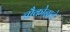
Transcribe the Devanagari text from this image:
चौकोनाचे